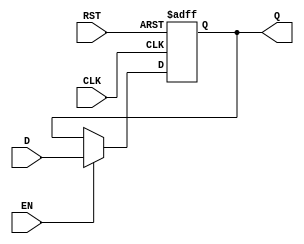
module DataRegister #(
    parameter WIDTH = 8 // Parameter to define the width of the register
)(
    input  wire [WIDTH-1:0] D,      // Data Input
    input  wire CLK,                  // Clock Input
    input  wire RST,                  // Reset Input
    input  wire EN,                   // Enable Input (optional)
    output reg  [WIDTH-1:0] Q         // Data Output
);

    // Sequential logic block
    always @(posedge CLK or posedge RST) begin
        if (RST) begin
            Q <= {WIDTH{1'b0}}; // Asynchronous reset to zero
        end else if (EN) begin
            Q <= D; // Capture data on clock edge if enabled
        end
        // If EN is low, Q retains its previous value
    end

endmodule